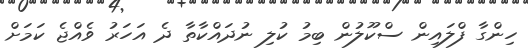
ހިންގާ ފްލައިން ސްކޫލުން ބިމު ކުލި ނުދައްކާތާ ދެ އަހަރު ވެއްޖެ ކަމަށް